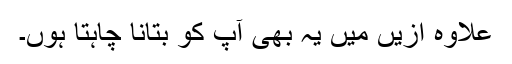
علاوہ ازیں میں یہ بھی آپ کو بتانا چاہتا ہُوں۔